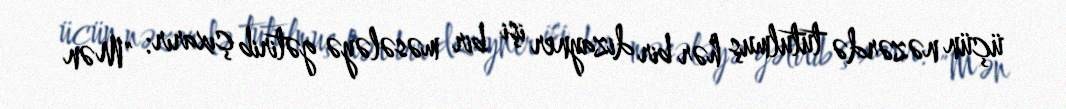
üçün nəzərdə tutulmuş hər bir dizayner işi bir məsələyə gətirib çıxarır: "Mən